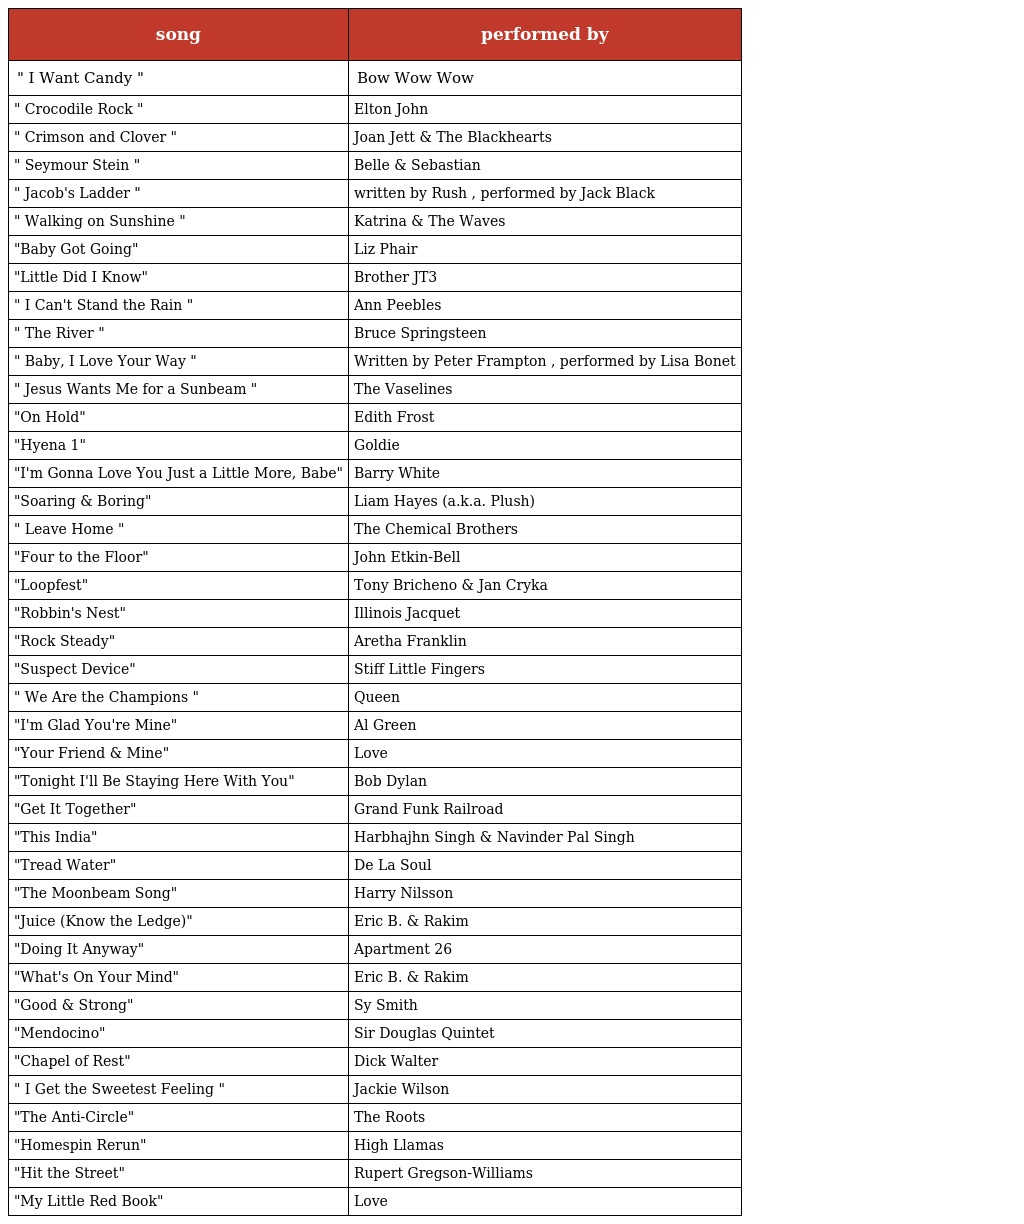
| song | performed by |
 | --- | --- |
 | " I Want Candy " | Bow Wow Wow |
 | " Crocodile Rock " | Elton John |
 | " Crimson and Clover " | Joan Jett & The Blackhearts |
 | " Seymour Stein " | Belle & Sebastian |
 | " Jacob's Ladder " | written by Rush , performed by Jack Black |
 | " Walking on Sunshine " | Katrina & The Waves |
 | "Baby Got Going" | Liz Phair |
 | "Little Did I Know" | Brother JT3 |
 | " I Can't Stand the Rain " | Ann Peebles |
 | " The River " | Bruce Springsteen |
 | " Baby, I Love Your Way " | Written by Peter Frampton , performed by Lisa Bonet |
 | " Jesus Wants Me for a Sunbeam " | The Vaselines |
 | "On Hold" | Edith Frost |
 | "Hyena 1" | Goldie |
 | "I'm Gonna Love You Just a Little More, Babe" | Barry White |
 | "Soaring & Boring" | Liam Hayes (a.k.a. Plush) |
 | " Leave Home " | The Chemical Brothers |
 | "Four to the Floor" | John Etkin-Bell |
 | "Loopfest" | Tony Bricheno & Jan Cryka |
 | "Robbin's Nest" | Illinois Jacquet |
 | "Rock Steady" | Aretha Franklin |
 | "Suspect Device" | Stiff Little Fingers |
 | " We Are the Champions " | Queen |
 | "I'm Glad You're Mine" | Al Green |
 | "Your Friend & Mine" | Love |
 | "Tonight I'll Be Staying Here With You" | Bob Dylan |
 | "Get It Together" | Grand Funk Railroad |
 | "This India" | Harbhajhn Singh & Navinder Pal Singh |
 | "Tread Water" | De La Soul |
 | "The Moonbeam Song" | Harry Nilsson |
 | "Juice (Know the Ledge)" | Eric B. & Rakim |
 | "Doing It Anyway" | Apartment 26 |
 | "What's On Your Mind" | Eric B. & Rakim |
 | "Good & Strong" | Sy Smith |
 | "Mendocino" | Sir Douglas Quintet |
 | "Chapel of Rest" | Dick Walter |
 | " I Get the Sweetest Feeling " | Jackie Wilson |
 | "The Anti-Circle" | The Roots |
 | "Homespin Rerun" | High Llamas |
 | "Hit the Street" | Rupert Gregson-Williams |
 | "My Little Red Book" | Love |